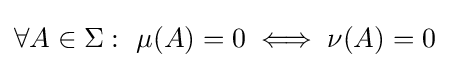
\forall A\in \Sigma :\ \mu (A)=0\iff \nu (A)=0